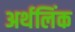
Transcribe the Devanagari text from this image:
अर्थलिंक